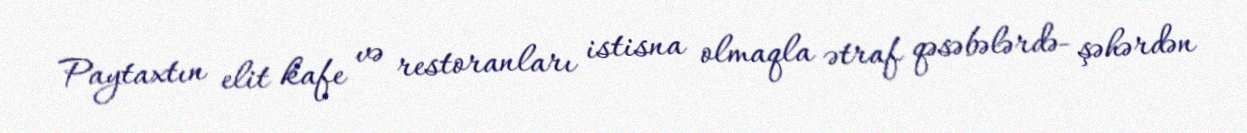
Paytaxtın elit kafe və restoranları istisna olmaqla ətraf qəsəbələrdə- şəhərdən